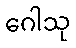
ဂေါသု